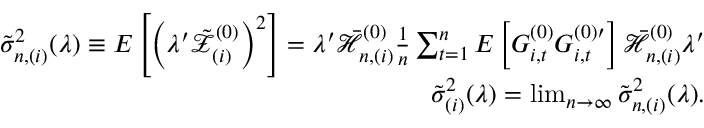
\begin{array} { r l r } & { } & { \tilde { \sigma } _ { n , ( i ) } ^ { 2 } ( \lambda ) \equiv E \left[ \left( \lambda ^ { \prime } \mathcal { \tilde { Z } } _ { ( i ) } ^ { ( 0 ) } \right) ^ { 2 } \right] = \lambda ^ { \prime } \mathcal { \bar { H } } _ { n , ( i ) } ^ { ( 0 ) } \frac { 1 } { n } \sum _ { t = 1 } ^ { n } E \left[ G _ { i , t } ^ { ( 0 ) } G _ { i , t } ^ { ( 0 ) \prime } \right] \mathcal { \bar { H } } _ { n , ( i ) } ^ { ( 0 ) } \lambda ^ { \prime } } \\ & { } & { \tilde { \sigma } _ { ( i ) } ^ { 2 } ( \lambda ) = \operatorname* { l i m } _ { n \rightarrow \infty } \tilde { \sigma } _ { n , ( i ) } ^ { 2 } ( \lambda ) . } \end{array}